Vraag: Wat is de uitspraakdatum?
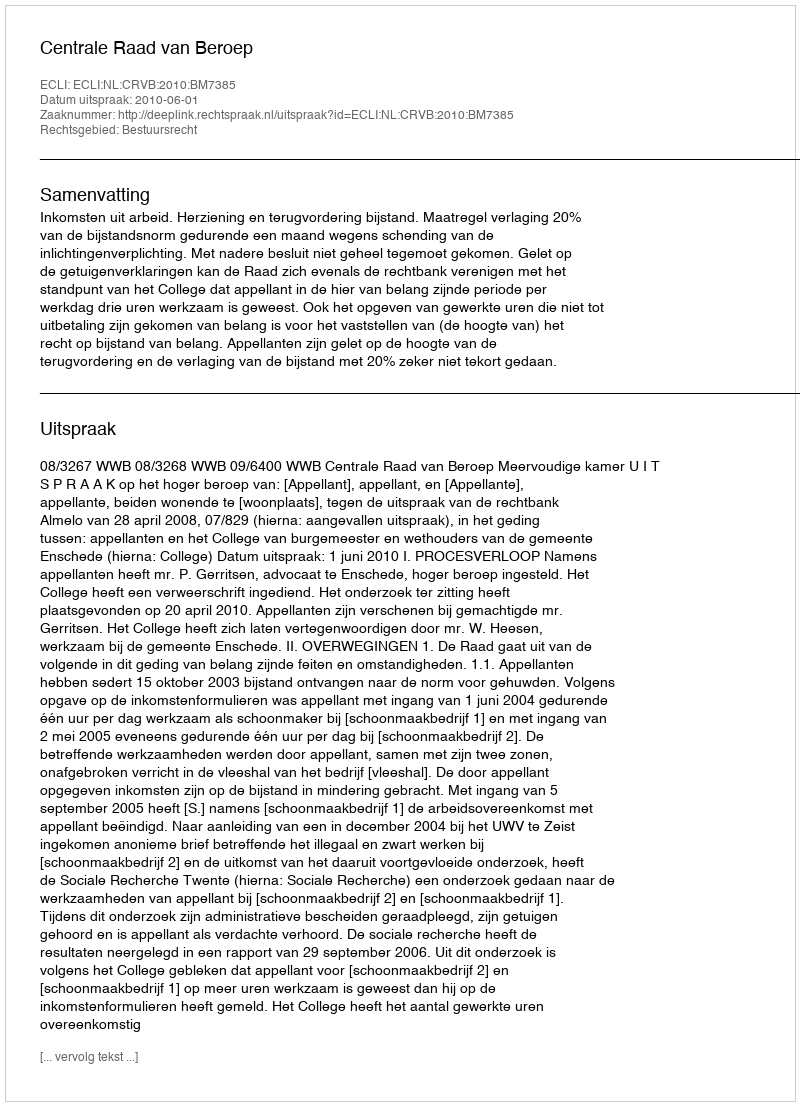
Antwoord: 2010-06-01